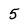
Character: 5